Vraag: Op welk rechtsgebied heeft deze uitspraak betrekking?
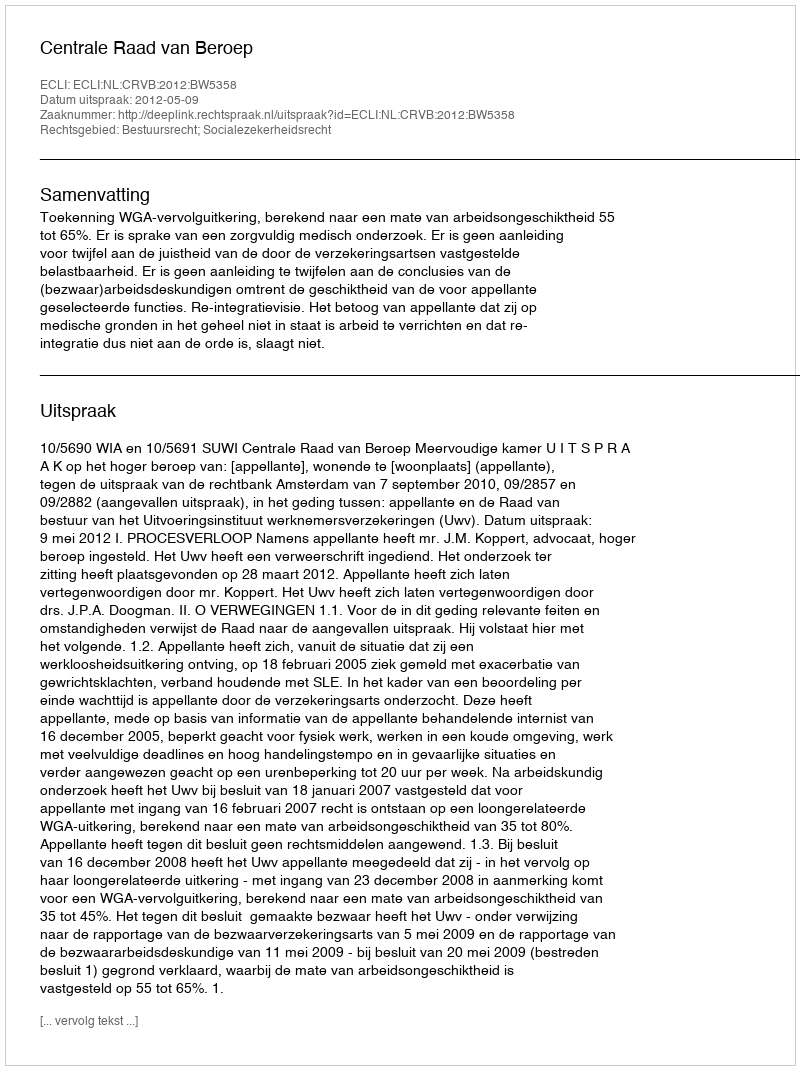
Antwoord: Bestuursrecht; Socialezekerheidsrecht